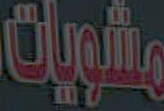
مشويات